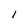
Character: 1